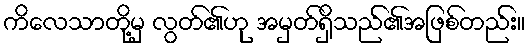
ကိလေသာတို့မှ လွတ်၏ဟု အမှတ်ရှိသည်၏အဖြစ်တည်း။